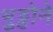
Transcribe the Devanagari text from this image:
भुट्टोने